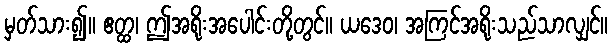
မှတ်သား၍။ ဧတ္ထ၊ ဤအရိုးအပေါင်းတို့တွင်။ ယဒေဝ၊ အကြင်အရိုးသည်သာလျှင်။